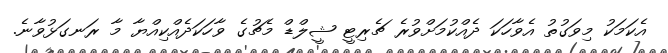
އެކަމަކު މިވަގުތު އެވާހަކަ ދެއްކުމަށްވުރެ ޗެރިޓީ ޝީލްޑް މެޗުގެ ވާހަކަދެއްކިއްޔާ މާ ރަނގަޅުވާނެ.